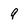
Character: 9